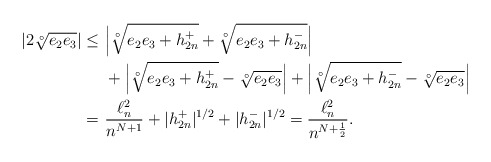
\begin{align*}|2\sqrt[\circ ]{e_2e_3}|\leq \, \, &\Big|\sqrt[\circ ]{e_2e_3+h_{2n}^+}+ \sqrt[\circ ]{e_2e_3+h_{2n}^-}\Big| \\\, \, &+\Big|\sqrt[\circ ]{e_2e_3+h_{2n}^+}- \sqrt[\circ ]{e_2e_3}\Big|+\Big|\sqrt[\circ ]{e_2e_3+h_{2n}^-}- \sqrt[\circ ]{e_2e_3}\Big| \\ =\, \,&\frac{\ell^2_n}{n^{N+1}} + |h_{2n}^+|^{1/2}+|h_{2n}^-|^{1/2}= \frac{\ell^2_n}{n^{N+\frac{1}{2}}}.\end{align*}